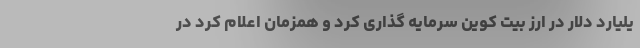
یلیارد دلار در ارز بیت کوین سرمایه گذاری کرد و همزمان اعلام کرد در